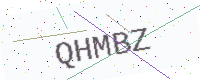
Text: QHMBZ